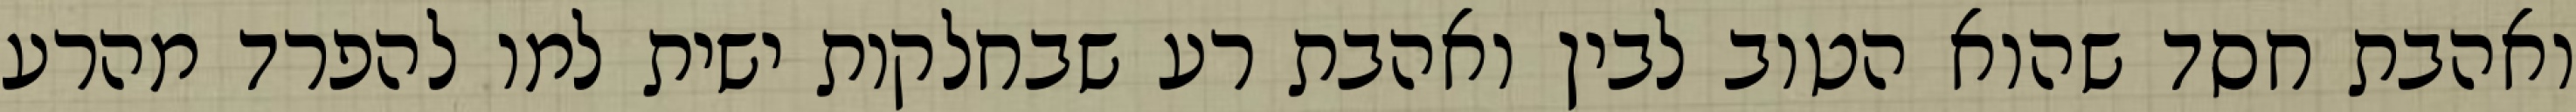
ואהבת חסד שהוא הטוב לבין ואהבת רע שבחלקות ישית למו להפרד מהרע